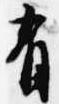
有